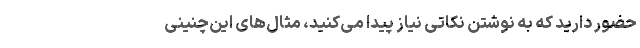
حضور دارید که به نوشتن نکاتی نیاز پیدا می‌کنید، مثال‌های این‌چنینی